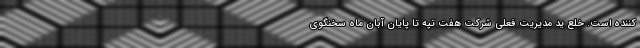
کننده است. خلع ید مدیریت فعلی شرکت هفت تپه تا پایان آبان ماه سخنگوی